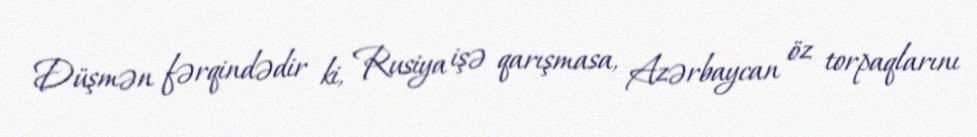
Düşmən fərqindədir ki, Rusiya işə qarışmasa, Azərbaycan öz torpaqlarını